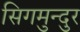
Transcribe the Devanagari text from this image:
सिगमुन्दुर